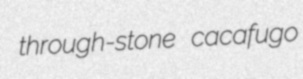
through-stone cacafugo